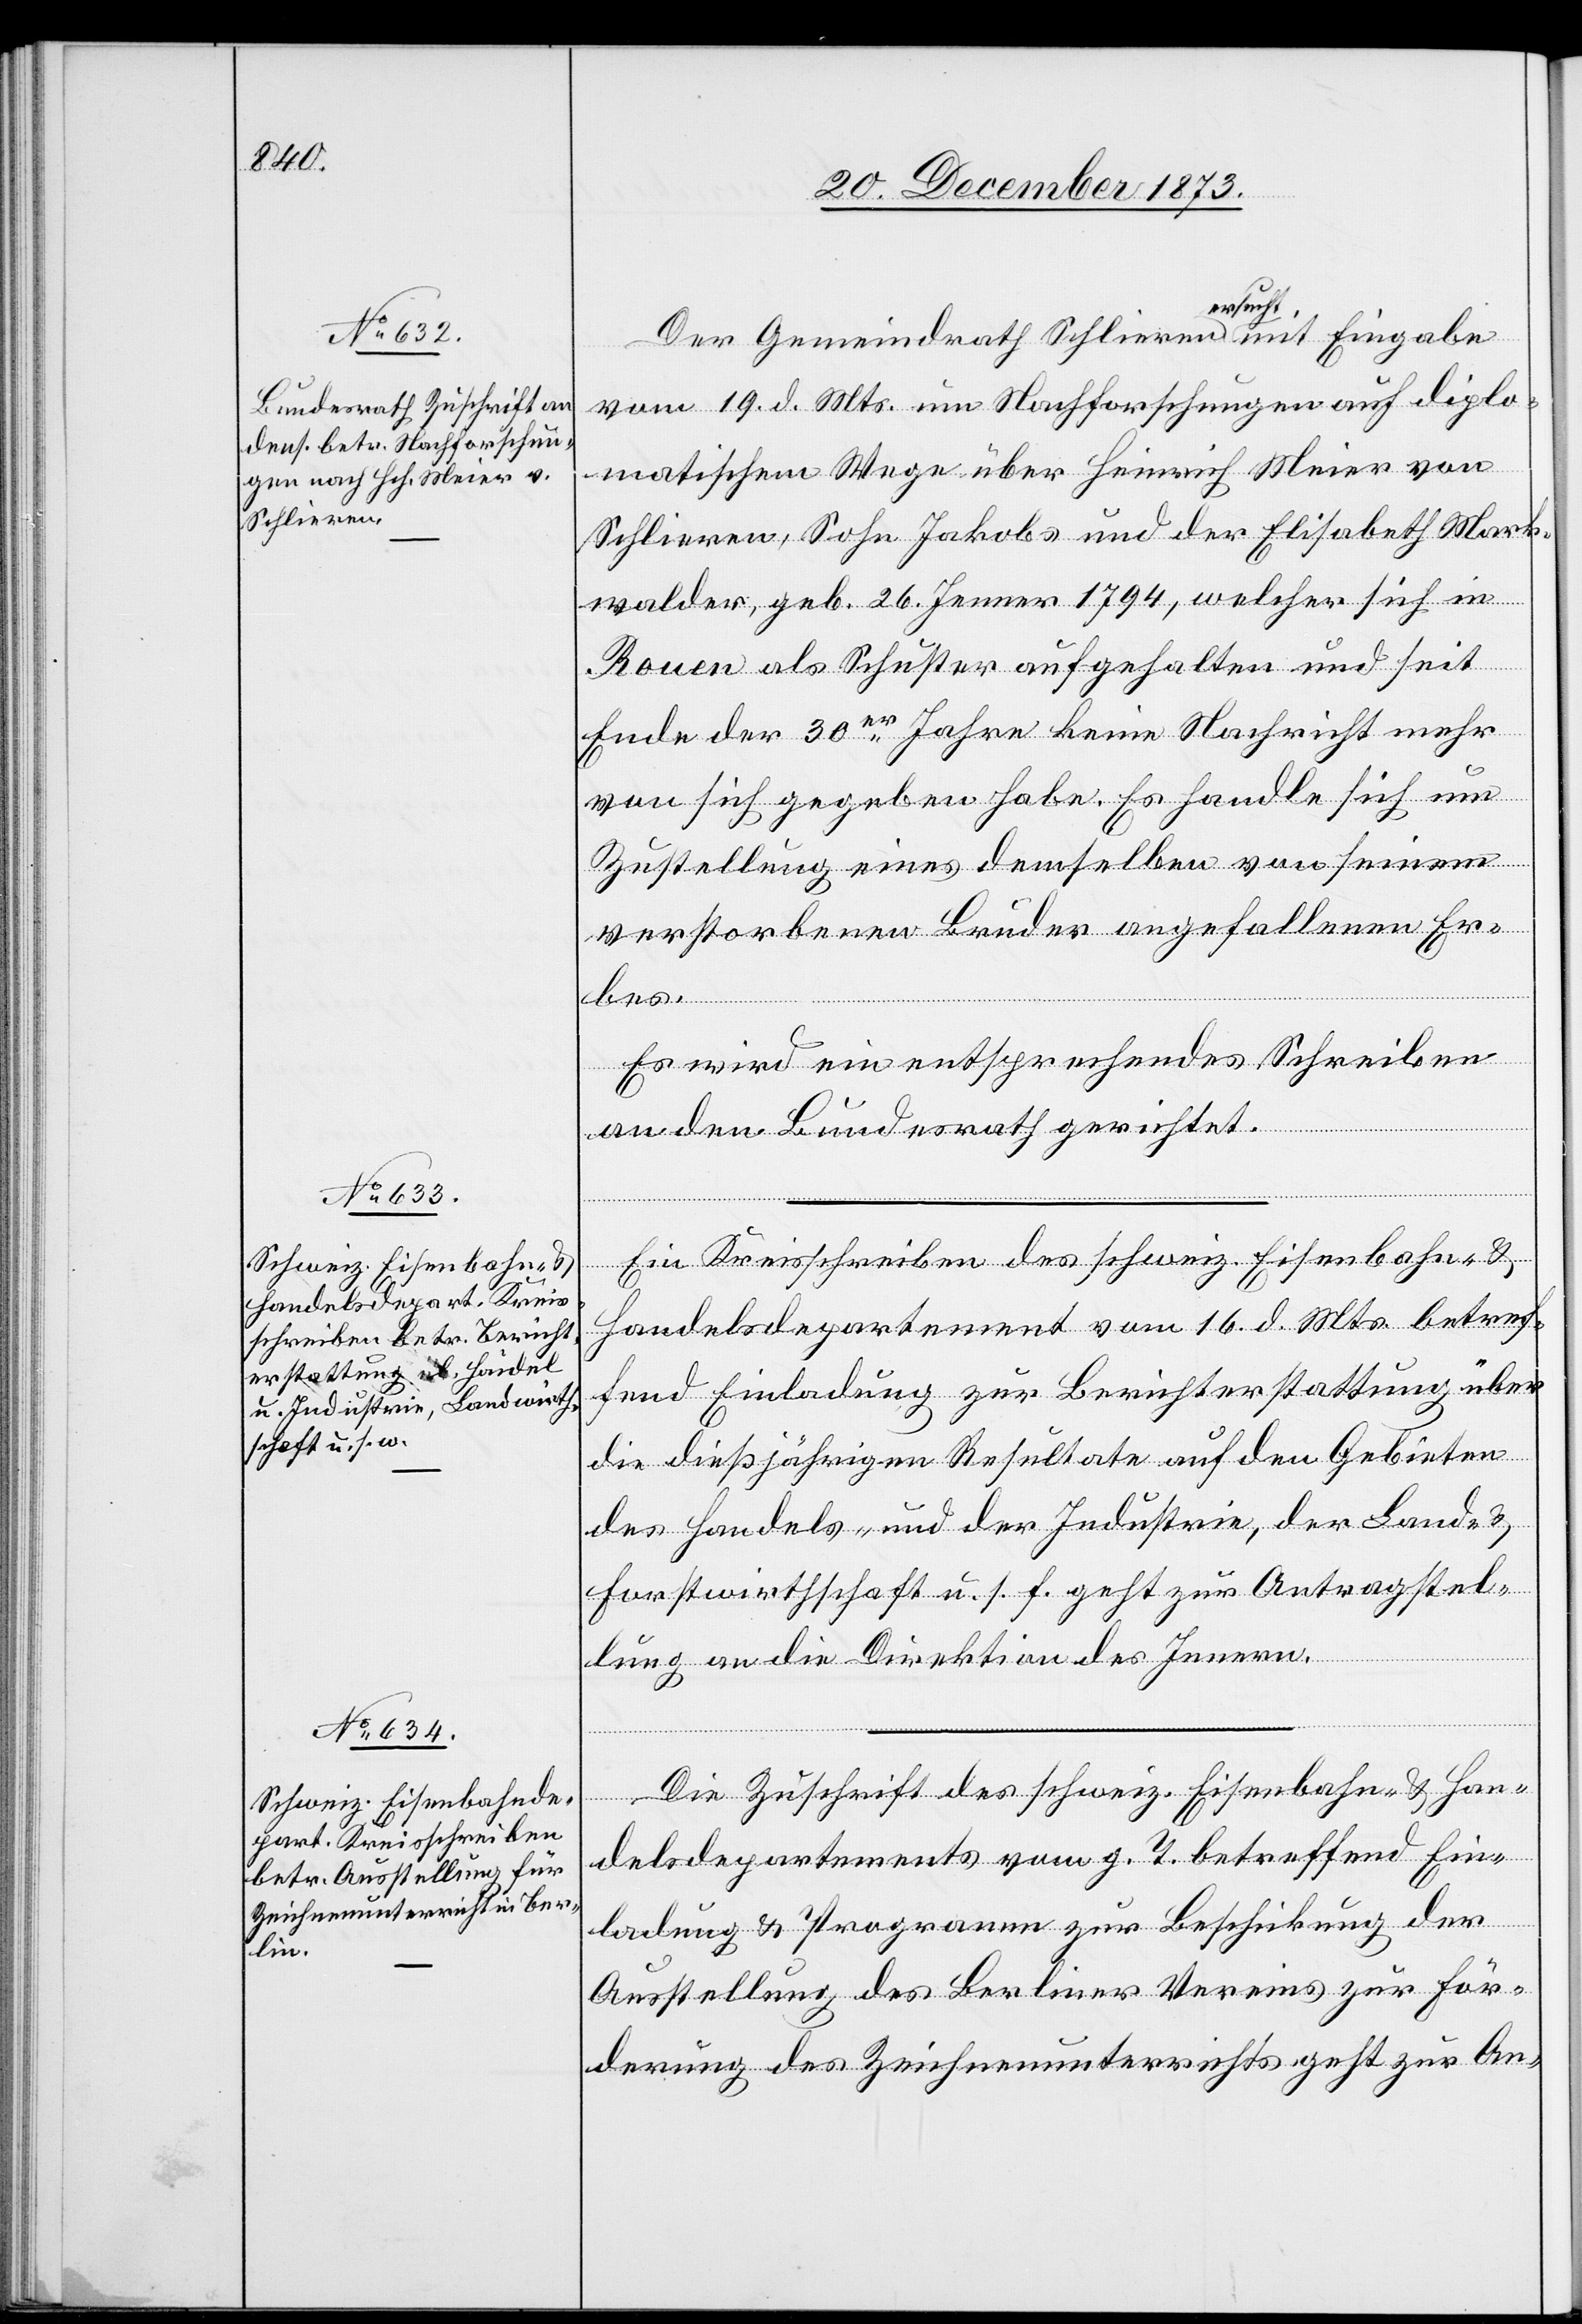
23. December 1873.]
Der Gemeindrath Schlieren ersucht mit Eingabe
vom 19. d. Mts. um Nachforschungen auf diplo¬
matischem Wege über Heinrich Meier von
Schlieren, Sohn Jakobs und der Elisabeth Mark¬
walder, geb. 26. Jenner 1794, welcher sich in
Rouen als Schuster aufgehalten und seit
Ende der 30er Jahre keine Nachricht mehr
von sich gegeben habe. Es handle sich um
Zustellung eines demselben von seinem
verstorbenen Bruder angefallenen Er¬
bes.
Es wird ein entsprechendes Schreiben
an den Bundesrath gerichtet.
Ein Kreisschreiben des schweiz. Eisenbahn- &
Handelsdepartement vom 16. d. Mts. betref¬
fend Einladung zur Berichterstattung über
die dießjährigen Resultate auf den Gebieten
des Handels- [sic!] und der Industrie, der Land- &
Forstwirthschaft u. s. f. geht zur Antragstel¬
lung an die Direktion des Innern.
Die Zuschrift des schweiz. Eisenbahn- & Han¬
delsdepartements vom g. T. betreffend Ein¬
ladung & Programm zur Beschickung der
Ausstellung des Berliner Vereins zur För¬
derung des Zeichenunterrichts geht zur An-